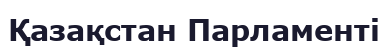
Қазақстан Парламенті